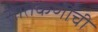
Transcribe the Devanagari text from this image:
सातकर्णीची